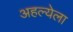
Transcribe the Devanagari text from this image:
अहल्येला